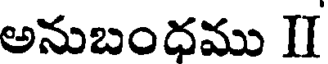
అనుబంధము II